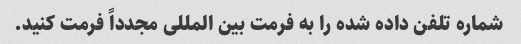
شماره تلفن داده شده را به فرمت بین المللی مجدداً فرمت کنید.